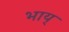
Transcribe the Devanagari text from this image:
भाय्